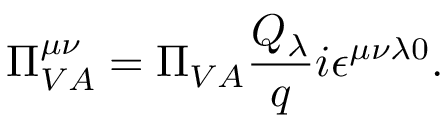
\Pi _ { V A } ^ { \mu \nu } = \Pi _ { V A } \frac { Q _ { \lambda } } { q } i \epsilon ^ { \mu \nu \lambda 0 } .